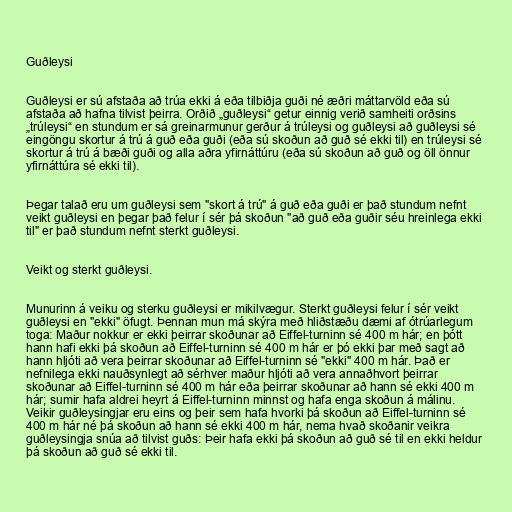
Guðleysi

Guðleysi er sú afstaða að trúa ekki á eða tilbiðja guði né æðri máttarvöld eða sú
afstaða að hafna tilvist þeirra. Orðið „guðleysi“ getur einnig verið samheiti orðsins
„trúleysi“ en stundum er sá greinarmunur gerður á trúleysi og guðleysi að guðleysi sé
eingöngu skortur á trú á guð eða guði (eða sú skoðun að guð sé ekki til) en trúleysi sé
skortur á trú á bæði guði og alla aðra yfirnáttúru (eða sú skoðun að guð og öll önnur
yfirnáttúra sé ekki til).

Þegar talað eru um guðleysi sem "skort á trú" á guð eða guði er það stundum nefnt
veikt guðleysi en þegar það felur í sér þá skoðun "að guð eða guðir séu hreinlega ekki
til" er það stundum nefnt sterkt guðleysi.

Veikt og sterkt guðleysi.

Munurinn á veiku og sterku guðleysi er mikilvægur. Sterkt guðleysi felur í sér veikt
guðleysi en "ekki" öfugt. Þennan mun má skýra með hliðstæðu dæmi af ótrúarlegum
toga: Maður nokkur er ekki þeirrar skoðunar að Eiffel-turninn sé 400 m hár; en þótt
hann hafi ekki þá skoðun að Eiffel-turninn sé 400 m hár er þó ekki þar með sagt að
hann hljóti að vera þeirrar skoðunar að Eiffel-turninn sé "ekki" 400 m hár. Það er
nefnilega ekki nauðsynlegt að sérhver maður hljóti að vera annaðhvort þeirrar
skoðunar að Eiffel-turninn sé 400 m hár eða þeirrar skoðunar að hann sé ekki 400 m
hár; sumir hafa aldrei heyrt á Eiffel-turninn minnst og hafa enga skoðun á málinu.
Veikir guðleysingjar eru eins og þeir sem hafa hvorki þá skoðun að Eiffel-turninn sé
400 m hár né þá skoðun að hann sé ekki 400 m hár, nema hvað skoðanir veikra
guðleysingja snúa að tilvist guðs: Þeir hafa ekki þá skoðun að guð sé til en ekki heldur
þá skoðun að guð sé ekki til.